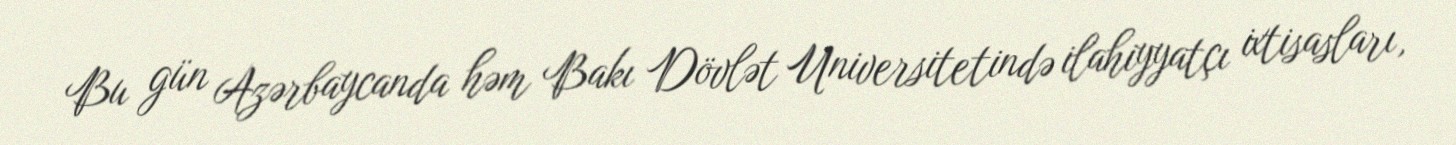
Bu gün Azərbaycanda həm Bakı Dövlət Universitetində ilahiyyatçı ixtisasları,